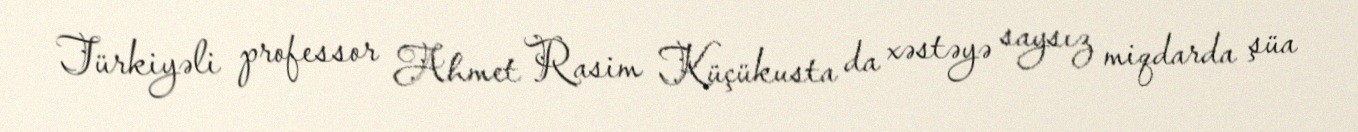
Türkiyəli professor Ahmet Rasim Küçükusta da xəstəyə saysız miqdarda şüa